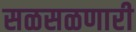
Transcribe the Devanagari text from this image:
सळसळणारी